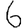
Digit: 6